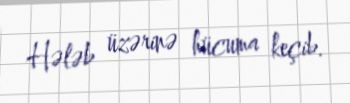
Hələb üzərinə hücuma keçib.